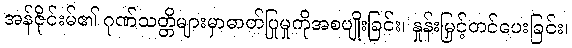
အန်ဇိုင်းမ်၏ ဂုဏ်သတ္တိများမှာဓာတ်ပြုမှုကိုအစပျိုးခြင်း၊ နှုန်းမြှင့်တင်ပေးခြင်း၊